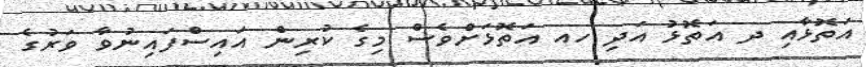
އަތޮޅާއި ދ އަތޮޅު އަދި ހއ އަތޮޅަށްވެސް މިގެ ކުރިން އައިސްފައިނުވާ ވަރުގެ